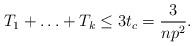
LaTeX: \begin{align*} T_1+ \ldots +T_k \leq 3t_c=\frac{3}{np^2}.\end{align*}